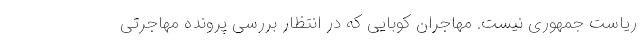
ریاست جمهوری نیست. مهاجران کوبایی که در انتظار بررسی پرونده مهاجرتی